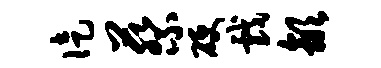
徒蔡硬戏歙